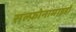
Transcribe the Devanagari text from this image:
सल्फ़ोनामाइडों